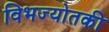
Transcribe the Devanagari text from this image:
विभज्योतकी